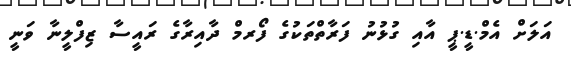
އަލަށް އެމް.ޑީ.ޕީ އާއި ގުޅުނު ފަރާތްތަކުގެ ފޯރމް ދާއިރާގެ ރައީސާ ޒިފްލީނާ ވަނީ